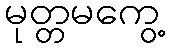
မုတ္တမကွေ့